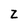
Character: z